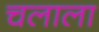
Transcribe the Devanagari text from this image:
चलाला